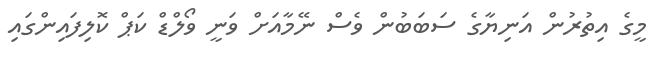
މީގެ އިތުރުން އަނިޔާގެ ސަބަބުން ވެސް ނޭމާއަށް ވަނީ ވޯލްޑް ކަޕް ކޮލިފައިންގައި